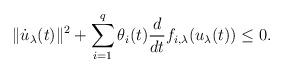
LaTeX: \begin{align*}\| \dot u_{\lambda}(t)\|^2 + \sum_{i=1}^{q} \theta_{i}(t) \frac{d}{dt} f_{i,\lambda} (u_{\lambda}(t)) \leq 0.\end{align*}